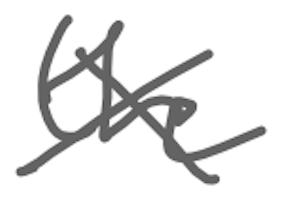
Text: the
Cross-out: cross
Writing tool: digital_gray